Punjab Mental Hospital Lahore 1932-46 - 1932-1946
Year: 1932
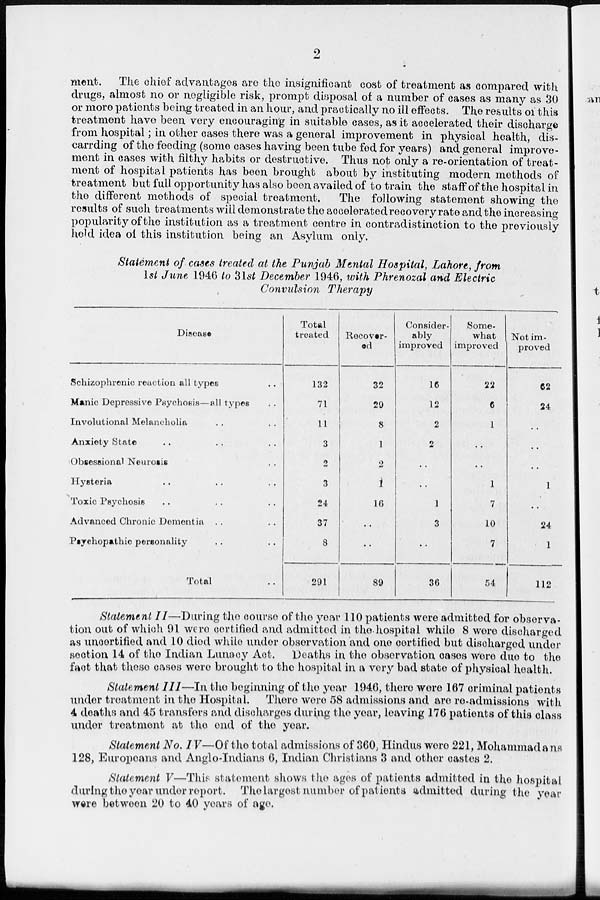
2
ment. The chief advantages are the insignificant cost of treatment as compared with
drugs, almost no or negligible risk, prompt disposal of a number of cases as many as 30
or more patients being treated in an hour, and practically no ill effects. The results of this
treatment have been very encouraging in suitable cases, as it accelerated their discharge
from hospital; in other cases there was a general improvement in physical health, dis-
carrding of the feeding (some cases having been tube fed for years) and general improve-
ment in cases with filthy habits or destructive. Thus not only a re-orientation of treat-
ment of hospital patients has been brought about by instituting modern methods of
treatment but full opportunity has also been availed of to train the staff of the hospital in
the different methods of special treatment.
The following statement showing the
results of such treatments will demonstrate the accelerated recovery rate and the increasing
popularity of the institution as a treatment centre in contradistinction to the previously
hold idea of this institution being an Asylum only.
Statement of cases treated at the Punjab Mental Hospital, Lahore, from
1st June 1946 to 31st December 1946, with Phrenozal and Electric
Convulsion Therapy
Disease
Schizophrenic reaction all types ..
Manic Depressive Psychosis—all types ..
Involutional Melancholia .. ..
Anxiety State .. .. ..
Obsessional Neurosis ..
Hysteria .. .. ..
Toxic Psychosis .. .. ..
Advanced Chronic Dementia .. ..
Psychopathic personality .. ..
Total ..
Total
treated
132
71
11
3
2
3
24
37
8
291
Recover-
ed
32
29
8
1
2
1
16
..
..
89
Consider-
ably
improved
16
12
2
2
..
..
1
3
..
36
Some-
what
improved
22
6
1
..
..
1
7
10
7
54
Not im-
proved
62
24
..
..
..
1
..
24
1
112
Statement II—During the course of the year 110 patients were admitted for observa-
tion out of which 91 were certified and admitted in the hospital while 8 wore discharged
as uncertified and 10 died while under observation and one certified but discharged under
section 14 of the Indian Lunacy Act. Deaths in the observation cases were due to the
fact that these cases were brought to the hospital in a very bad state of physical health.
Statement III—In the beginning of the year 1946, there were 167 criminal patients
under treatment in the Hospital. There were 58 admissions and are re-admissions with
4 deaths and 45 transfers and discharges during the year, leaving 176 patients of this class
under treatment at the end of the year.
Statement No. IV—Of the total admissions of 360, Hindus were 221, Mohammadans
128, Europeans and Anglo-Indians 6, Indian Christians 3 and other castes 2.
Statement V—This statement shows the ages of patients admitted in the hospital
during the year under report. The largest number of patients admitted during the year
were between 20 to 40 years of age.